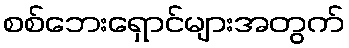
စစ်ဘေးရှောင်များအတွက်